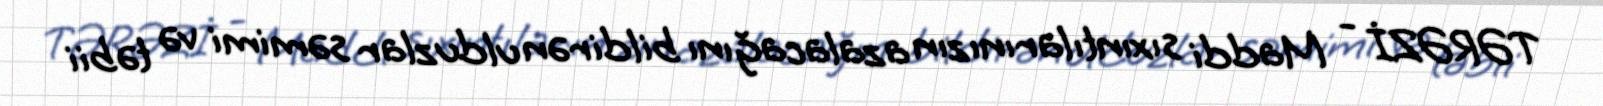
TƏRƏZİ - Maddi sıxıntılarınızın azalacağını bildirən ulduzlar səmimi və təbii